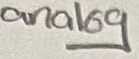
Text: analog